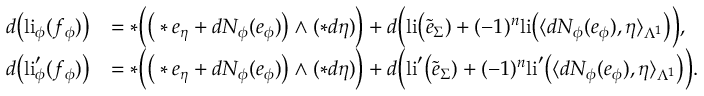
\begin{array} { r l } { d \big ( \mathrm { l i } _ { \phi } ( f _ { \phi } ) \big ) } & { = \ast \Big ( \big ( \ast e _ { \eta } + d N _ { \phi } ( e _ { \phi } ) \big ) \wedge ( \ast d \eta ) \Big ) + d \Big ( \mathrm { l i } \big ( \tilde { e } _ { \Sigma } ) + ( - 1 ) ^ { n } \mathrm { l i } \big ( \langle d N _ { \phi } ( e _ { \phi } ) , \eta \rangle _ { \Lambda ^ { 1 } } \big ) \Big ) , } \\ { d \big ( \mathrm { l i } _ { \phi } ^ { \prime } ( f _ { \phi } ) \big ) } & { = \ast \Big ( \big ( \ast e _ { \eta } + d N _ { \phi } ( e _ { \phi } ) \big ) \wedge ( \ast d \eta ) \Big ) + d \Big ( \mathrm { l i } ^ { \prime } \big ( \tilde { e } _ { \Sigma } ) + ( - 1 ) ^ { n } \mathrm { l i } ^ { \prime } \big ( \langle d N _ { \phi } ( e _ { \phi } ) , \eta \rangle _ { \Lambda ^ { 1 } } \big ) \Big ) . } \end{array}